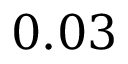
0 . 0 3